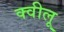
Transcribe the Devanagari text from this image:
क्वीलू